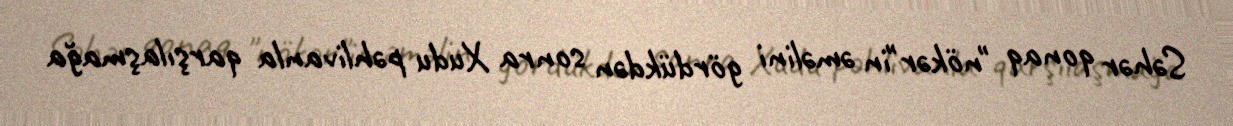
Səhər qonaq "nökər"in əməlini gördükdən sonra Xudu pəhlivanla qarşılaşmağa